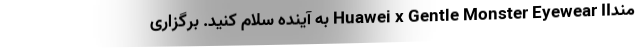
مندHuawei x Gentle Monster Eyewear II به آینده سلام کنید. برگزاری